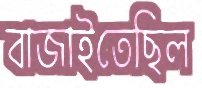
বাজাইতেছিল